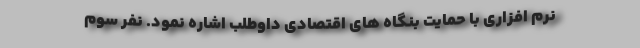
نرم افزاری با حمایت بنگاه های اقتصادی داوطلب اشاره نمود. نفر سوم